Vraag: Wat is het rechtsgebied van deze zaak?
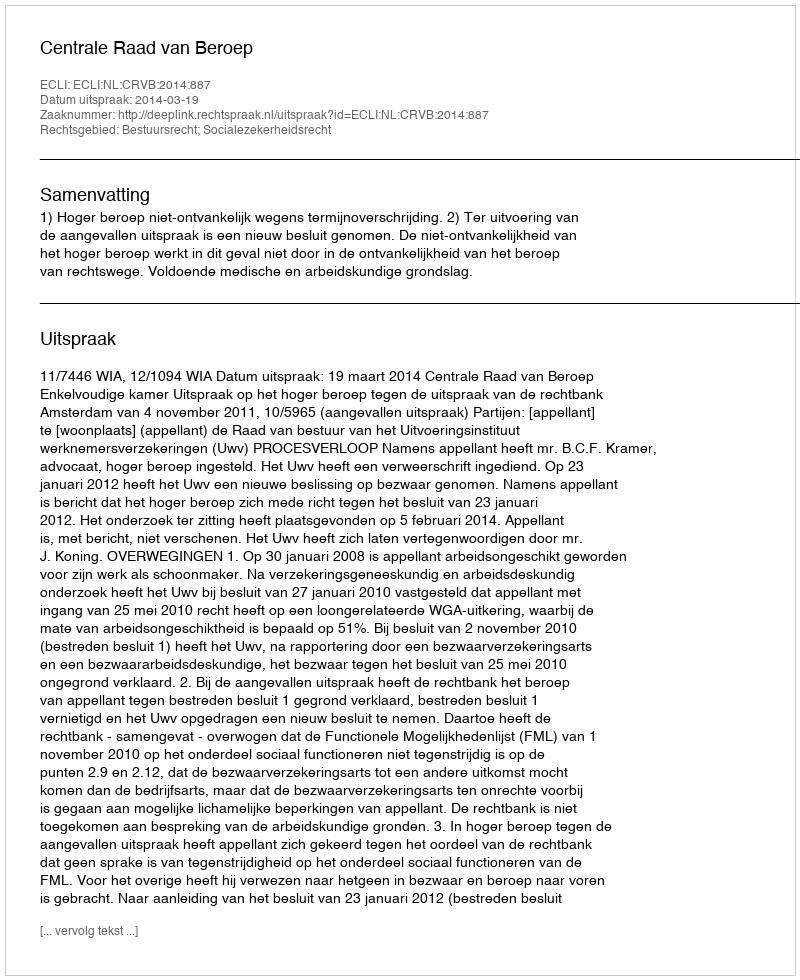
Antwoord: Bestuursrecht; Socialezekerheidsrecht